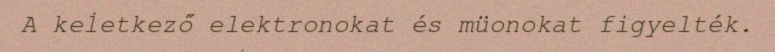
A keletkező elektronokat és müonokat figyelték.